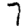
Digit: 7